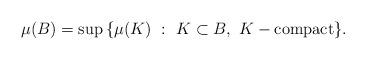
LaTeX: \begin{align*} \mu(B) = \textrm{sup}\, \{ \mu(K)\ :\ K \subset B,\ K- \textrm{compact}\}.\end{align*}